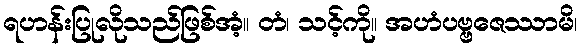
ရဟန်းပြုလိုသည်ဖြစ်အံ့။ တံ၊ သင့်ကို။ အဟံပဗ္ဗဇေဿာမိ၊